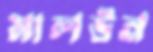
মালউন